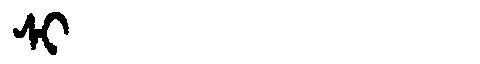
Manchu: ᠰᡳ
Romanization: SI